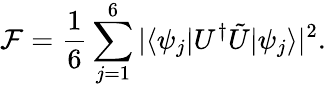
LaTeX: \mathcal{F}=\frac{1}{6}\sum_{j=1}^{6}|\langle\psi_{j}|U^{\dagger}\tilde{U}|\psi_{j}\rangle|^{2}.